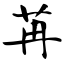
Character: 苒